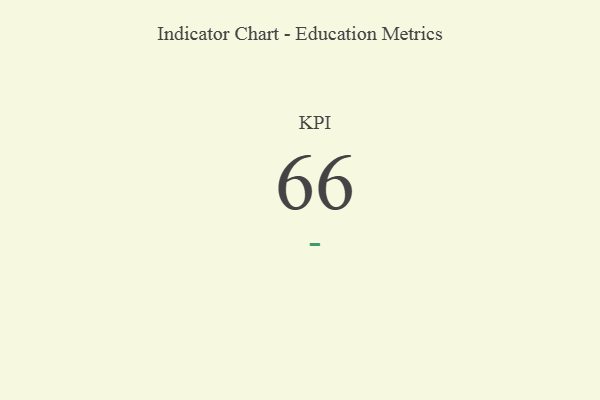
{"axis": {"x": "KPI", "y": "Value"}, "legend": [""], "data": [{"x": "KPI", "y": 66, "type": ""}]}